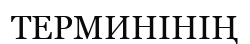
ТЕРМИНІНІҢ